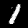
Digit: 1